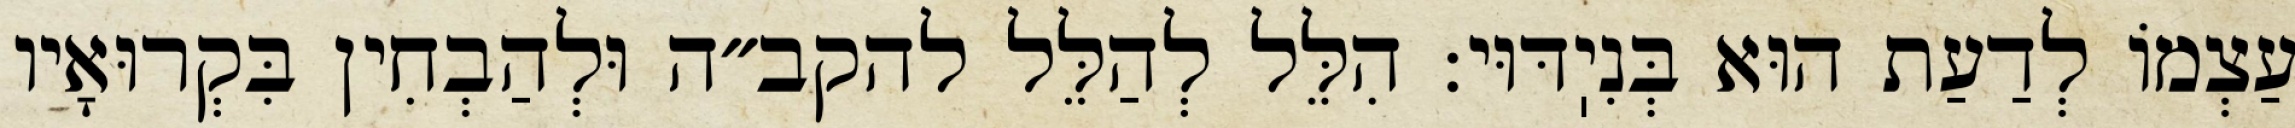
עַצְמוֹ לְדַעַת הוּא בְּנִיֽדּוּי: הִלֵּל לְהַלֵּל להקב״ה וּלְהַבְחִין בִּקְרוּאָיו